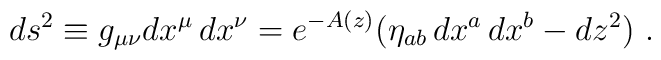
ds^2\equiv g_{\mu\nu}dx^\mu\,dx^\nu=e^{-A(z)}\big(\eta_{ab}\,dx^a\,dx^b-dz^2\big)\ .